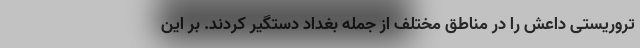
تروریستی داعش را در مناطق مختلف از جمله بغداد دستگیر کردند. بر این